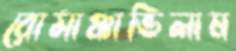
রোমাঞ্চাভিলাষ